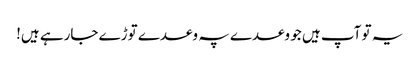
یہ تو آپ ہیں جو وعدے پہ وعدے توڑے جارہے ہیں!